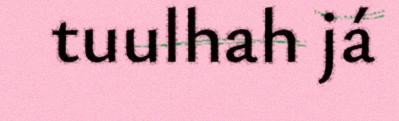
tuulhah já